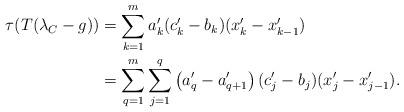
LaTeX: \begin{align*}\tau(T(\lambda_C - g)) &= \sum^m_{k=1} a'_k(c'_k - b_k)(x'_{k} - x'_{k-1})\\&= \sum^m_{q=1} \sum^q_{j=1} \left(a'_q - a'_{q+1} \right) (c'_j - b_j)(x'_{j} - x'_{j-1}).\end{align*}